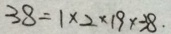
3 8 = 1 \times 2 \times 1 9 \times 3 8 .